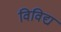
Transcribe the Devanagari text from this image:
विविद्य